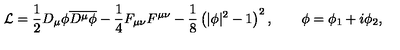
{ \cal L } = { \frac { 1 } { 2 } } D _ { \mu } \phi { \overline { { D ^ { \mu } \phi } } } - { \frac { 1 } { 4 } } F _ { \mu \nu } F ^ { \mu \nu } - { \frac { 1 } { 8 } } \left( | \phi | ^ { 2 } - 1 \right) ^ { 2 } , \qquad \phi = \phi _ { 1 } + i \phi _ { 2 } ,